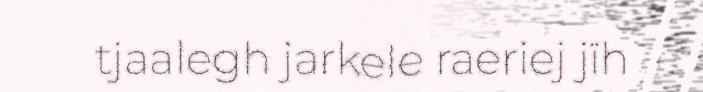
tjaalegh jarkele raeriej jïh